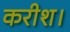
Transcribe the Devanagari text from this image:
करीश।